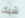
شيك